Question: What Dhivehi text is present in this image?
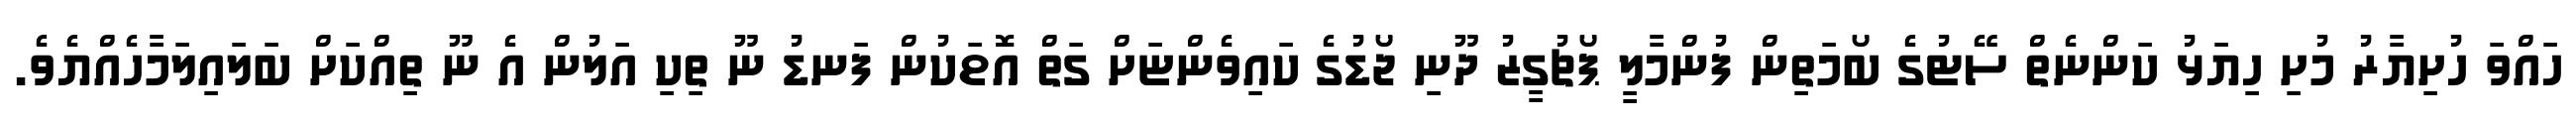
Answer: ހައްވަ ހުށިޔާރު މުށި ހިޔަޅު ކަންނެތް ސޭޓުގެ ބޯމަތިން ފުންމާލީ ޕޯޗުގީޒު ދޫނި ޖޯޑުގެ ކައިވެންޏަށް ގަތް އޮޱަކުން ފަނޑު ނޫ ތިކި އަލުން އެ ނޫ ތިއްކަށް ބަލައިލަމާހެއްޔެވެ.